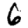
Digit: 6